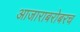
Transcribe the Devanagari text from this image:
आजाराबरोबरच